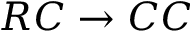
R C \to C C